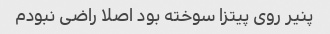
پنیر روی پیتزا سوخته بود اصلا راضی نبودم